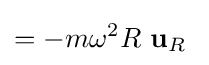
=-m\omega ^{2}R\ \mathbf {u} _{R}\